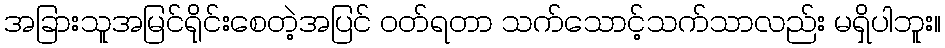
အခြားသူအမြင်ရိုင်းစေတဲ့အပြင် ဝတ်ရတာ သက်သောင့်သက်သာလည်း မရှိပါဘူး။